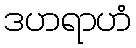
ဒဟရာဟံ